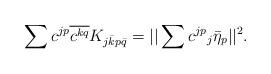
LaTeX: \begin{align*}\sum c^{jp}\overline{c^{kq}}K_{j\bar kp\bar q}=||\sum c^{jp}{_j\bar\eta_p}||^2.\end{align*}